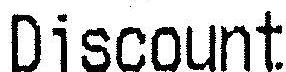
DISCOUNT